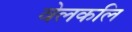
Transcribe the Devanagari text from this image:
वेलकलि